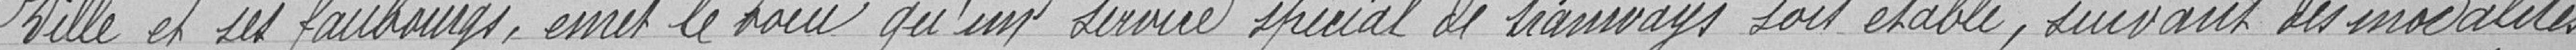
Ville et ses faubourgs, émet le vœu qu'un service spécial de tramways soit établi, suivant des modalités